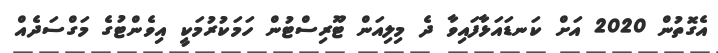
އެގޮތުން 2020 އަށް ކަނޑައަޅާފައިވާ ދެ މިލިއަން ޓޫރިސްޓުން ހަމަކުރުމަކީ އިވެންޓުގެ މަގްސަދެއް